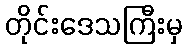
တိုင်းဒေသကြီးမှ